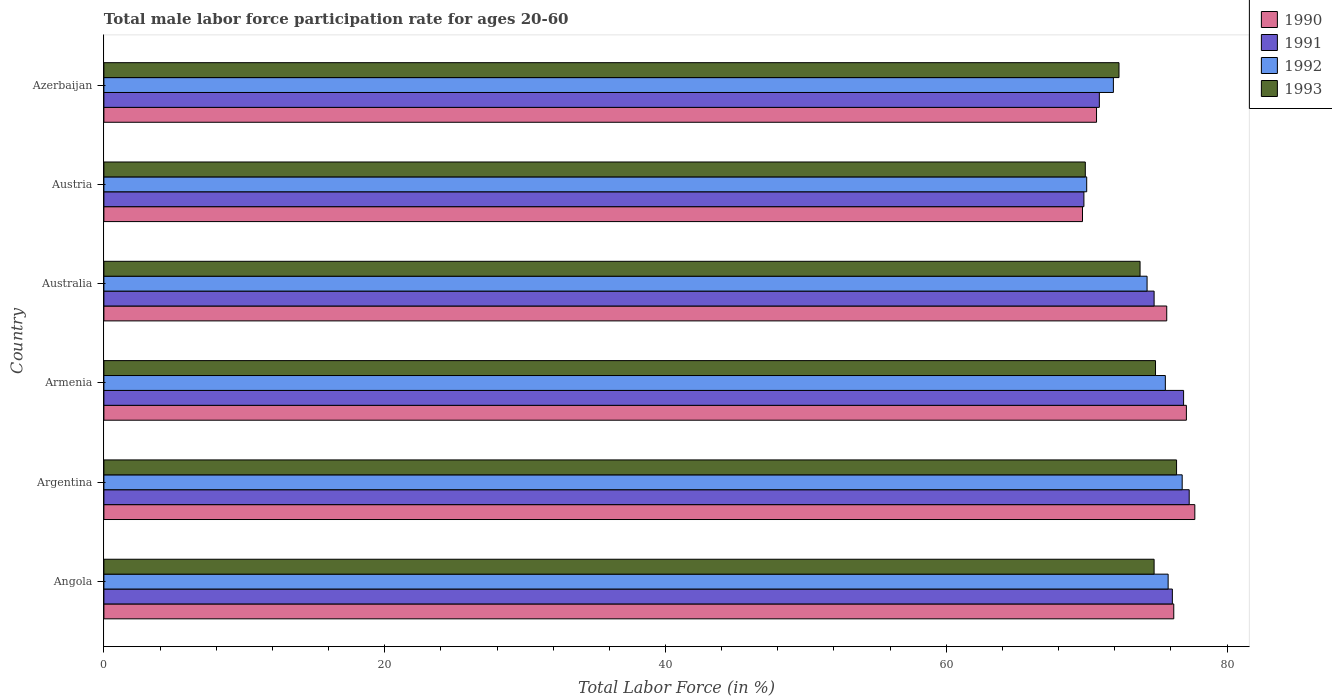
| Country | 1990 | 1991 | 1992 | 1993 |
 | --- | --- | --- | --- | --- |
 | Angola | 76.2 | 76.1 | 75.8 | 74.8 |
 | Argentina | 77.7 | 77.3 | 76.8 | 76.4 |
 | Armenia | 77.1 | 76.9 | 75.6 | 74.9 |
 | Australia | 75.7 | 74.8 | 74.3 | 73.8 |
 | Austria | 69.7 | 69.8 | 70 | 69.9 |
 | Azerbaijan | 70.7 | 70.9 | 71.9 | 72.3 |